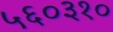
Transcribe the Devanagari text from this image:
५६०३१०